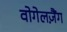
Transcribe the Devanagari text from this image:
वोगेलज़ैंग